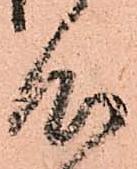
心